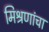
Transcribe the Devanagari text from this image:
मिश्रणांचा